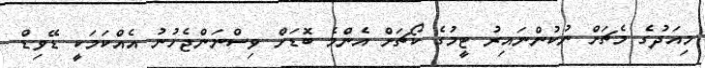
މިއަދުގެ މެޗަށް ނުކުންނައިރު ޓީމުގެ ކޯޗަށް އެންމެ ބޮޑަށް ވިސްނަންޖެހުނު އެއްކަމަކީ ޑޭވިޑް